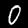
Label: 0